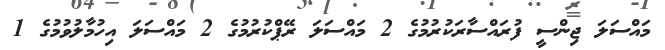
މައްސަލަ ޖިންސީ ފުރައްސާރަކުރުމުގެ 2 މައްސަލަ ރޭޕްކުރުމުގެ 2 މައްސަލަ އިހުމާލުވުމުގެ 1